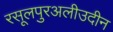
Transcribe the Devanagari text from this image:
रसूलपुरअलीउदीन